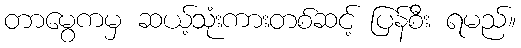
တာမွေကမှ ဆယ့်သုံးကားတစ်ဆင့် ပြန်စီး ရမည်။